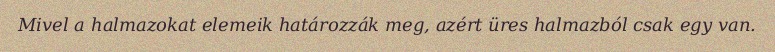
Mivel a halmazokat elemeik határozzák meg, azért üres halmazból csak egy van.